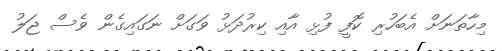
މިހާތަނަށް އެބަހުރި ކޮފީ ފުޅި އާއި ކިރުދަޅު ވަގަށް ނަގައިގެން ވެސް ޖަލު